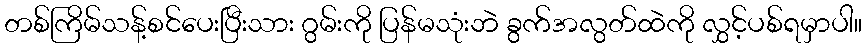
တစ်ကြိမ်သန့်စင်ပေးပြီးသား ဂွမ်းကို ပြန်မသုံးဘဲ ခွက်အလွတ်ထဲကို လွှင့်ပစ်ရမှာပါ။